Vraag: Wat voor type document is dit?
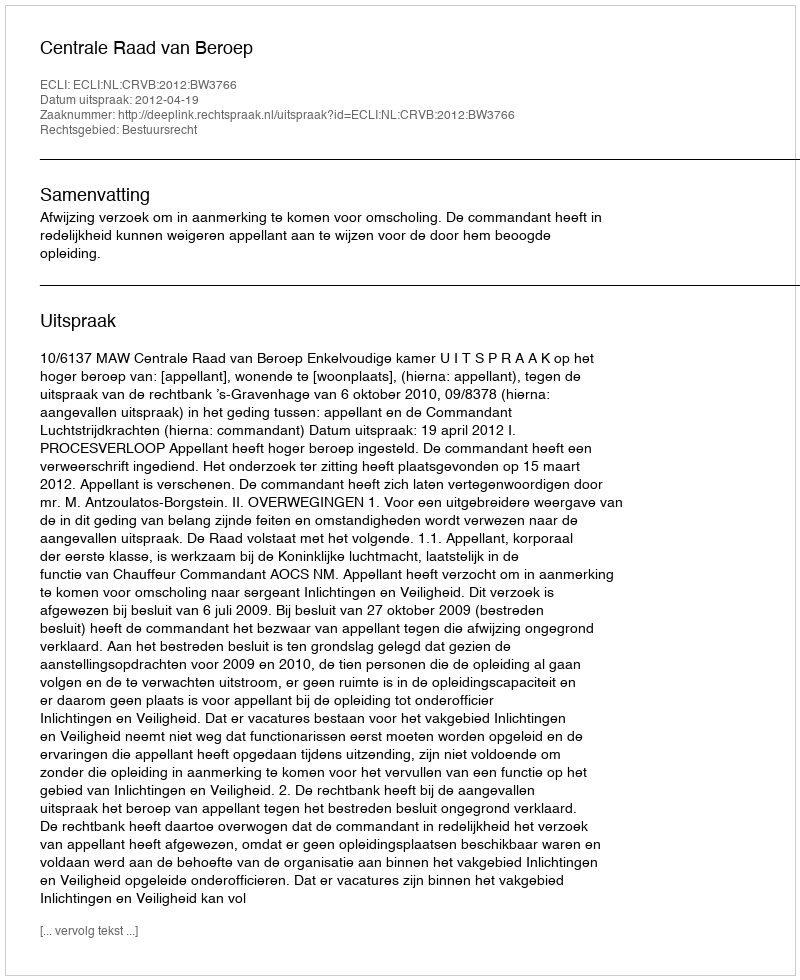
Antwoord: Uitspraak